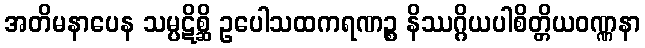
အတိမနာပေန သမ္ပဋိစ္ဆိ ဥပေါသထကရဏဉ္စ နိဿဂ္ဂိယပါစိတ္တိယဝဏ္ဏနာ